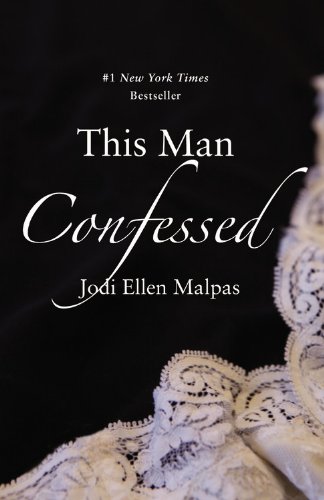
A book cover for This Man Confessed (This Man Trilogy); Jodi Ellen Malpas; Romance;